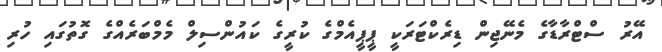
އޭރު ސްޓްރާޑާގެ މެނޭޖިން ޑިރެކްޓަރަކީ ޕީޕީއެމްގެ ކުރީގެ ކައުންސިލް މެމްބަރެއްގެ ގޮތުގައި ހުރި